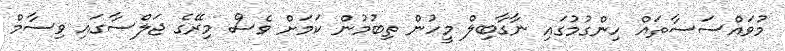
މުވައްސަސާތައް ހިންގުމުގައި ނާގާބިލް މީހުން ތިބުމުން ކަމަށް ވެސް މިރޭގެ ޖަލްސާގައި ވިސާމް